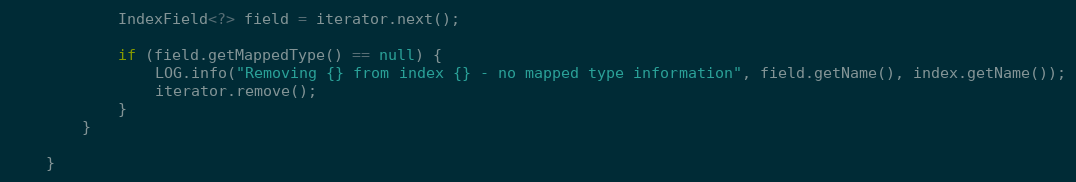
Language: Java
            IndexField<?> field = iterator.next();

            if (field.getMappedType() == null) {
                LOG.info("Removing {} from index {} - no mapped type information", field.getName(), index.getName());
                iterator.remove();
            }
        }

    }